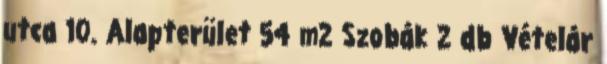
utca 10. Alapterület 54 m2 Szobák 2 db Vételár